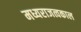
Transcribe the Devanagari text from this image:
मध्यराजत्वकाल